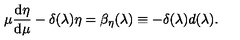
\mu { \frac { \mathrm { d } \eta } { \mathrm { d } \mu } } - \delta ( \lambda ) \eta = \beta _ { \eta } ( \lambda ) \equiv - \delta ( \lambda ) d ( \lambda ) .